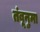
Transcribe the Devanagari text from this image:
तंबूनुमा